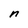
Character: n